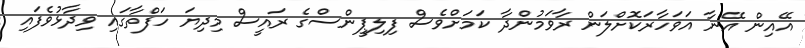
އޭއިން އޭނާ އަވަހާރަކޮށްލަން ރާވަމުންދާ ކަމަށްވެސް ފިލިޕީންސްގެ ރައީސް މިދިޔަ ހަފްތާގައި ވިދާޅުވެފައި